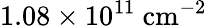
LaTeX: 1.08\times 10^{11}~\mathrm{{cm}^{-2}}